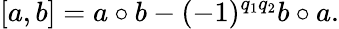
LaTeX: \lbrack a,b]=a\circ b-(-1)^{q_{1}q_{2}}b\circ a.